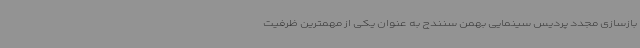
بازسازی مجدد پردیس سینمایی بهمن سنندج به عنوان یکی از مهمترین ظرفیت